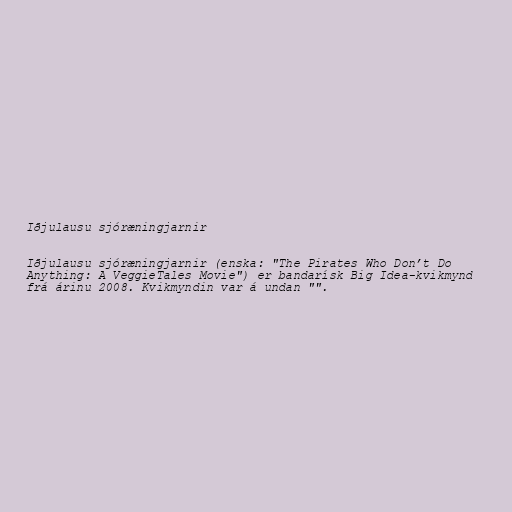
Iðjulausu sjóræningjarnir

Iðjulausu sjóræningjarnir (enska: "The Pirates Who Don’t Do
Anything: A VeggieTales Movie") er bandarísk Big Idea-kvikmynd
frá árinu 2008. Kvikmyndin var á undan "".